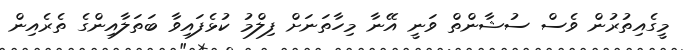
މީގެއިތުރުން ވެސް ސުޝާންތް ވަނީ އޭނާ މިހާތަނަށް ފިލްމު ކުޅެފައިވާ ބަތަލާއިންގެ ތެރެއިން